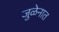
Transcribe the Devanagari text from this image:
जुळेनात